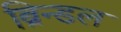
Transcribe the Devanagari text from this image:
ब्रिन्डल